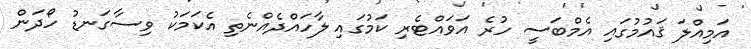
އަމިއްލަ ޤައުމުގައި އެމްބަސީ ހުރެ އަވައްޓެރި ކަމުގައި ލާހައްދެއްނެތި އެކަމަކު ވިސާގަނޑު ހޯދަން